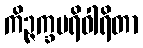
ကိဉ္ဇက္ခပရိဝါရိတာ